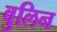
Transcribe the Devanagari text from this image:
वुलिन